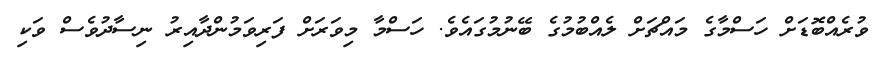
ވުރެއްބޮޑަށް ހަސްމާގެ މައްޗަށް ލެއްބުމުގެ ބޭނުމުގައެވެ. ހަސްމާ މިވަރަށް ފަރިވަމުންދާއިރު ނިސާދުވެސް ވަކި